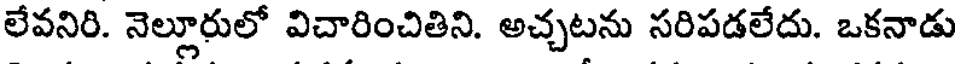
లేవనిరి. నెల్లూరులో విచారించితిని. అచ్చటను సరిపడలేదు. ఒకనాడు